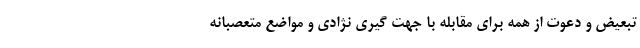
تبعیض و دعوت از همه برای مقابله با جهت گیری نژادی و مواضع متعصبانه